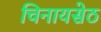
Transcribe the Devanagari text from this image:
चिनायसेठ